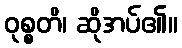
ဝုစ္စတိ၊ ဆိုအပ်၏။